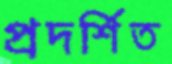
প্রদর্শিত